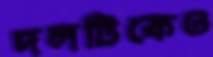
দলটিকেও